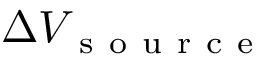
\Delta V _ { \mathrm { ~ s ~ o ~ u ~ r ~ c ~ e ~ } }